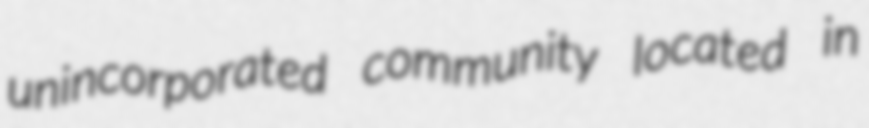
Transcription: unincorporated community located in